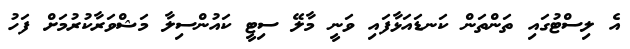
އެ ލިސްޓުގައި ތަންތަން ކަނޑައަޅާފައި ވަނީ މާލޭ ސިޓީ ކައުންސިލާ މަޝްވަރާކުރުމަށް ފަހު